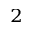
^ 2